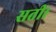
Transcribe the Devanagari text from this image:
सती।